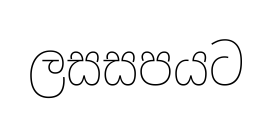
ලසසපයට